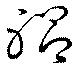
躬